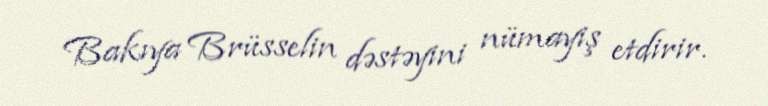
Bakıya Brüsselin dəstəyini nümayiş etdirir.